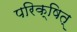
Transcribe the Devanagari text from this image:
परिक्षित्